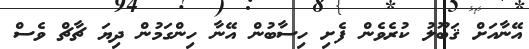
އޭނާއަށް ޤަބޫލު ކުރެވެން ފެށި ހިސާބުން އޭނާ ހިންގަމުން ދިޔަ ޗާޗް ވެސް